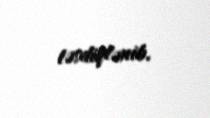
təsdiqlənib.